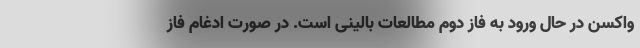
واکسن در حال ورود به فاز دوم مطالعات بالینی است. در صورت ادغام فاز